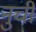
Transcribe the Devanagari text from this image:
नुचीं